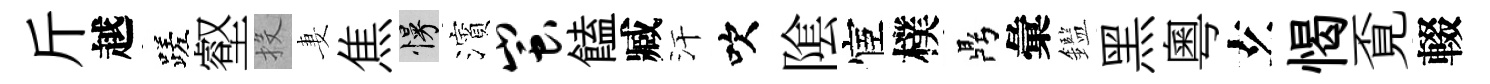
斤越蹉壑投妻焦慢濱蚩饁臧汗吹隂宦樸鼎彙鑑黑粵𤣥愒覔輟